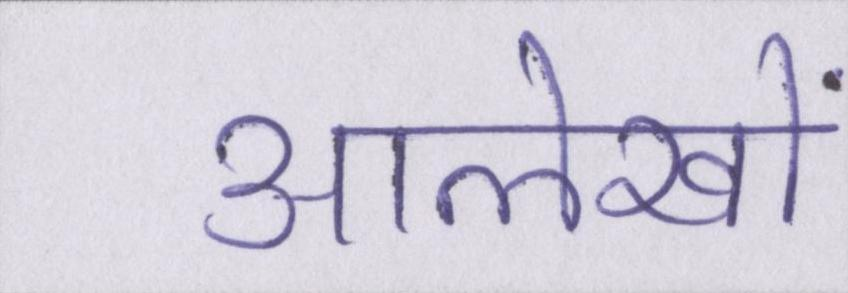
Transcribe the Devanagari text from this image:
आलेखों